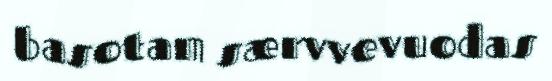
basotam særvvevuodas